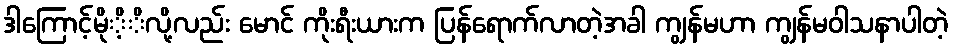
ဒါကြောင့်မိုိ့ိလို့လည်း မောင် ကိုးရီးယားက ပြန်ရောက်လာတဲ့အခါ ကျွန်မဟာ ကျွန်မဝါသနာပါတဲ့